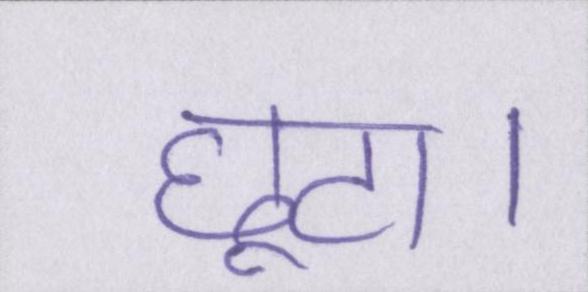
छूट।